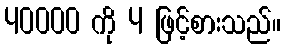
40000 ကို 4 ဖြင့်စားသည်။